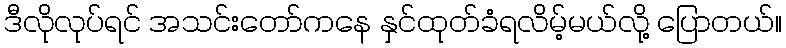
ဒီလိုလုပ်ရင် အသင်းတော်ကနေ နှင်ထုတ်ခံရလိမ့်မယ်လို့ ပြောတယ်။